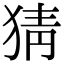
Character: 猜